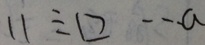
1 1 \div \square \cdots a